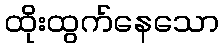
ထိုးထွက်နေသော